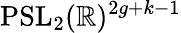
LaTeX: \mathrm{PSL}_{2}(\mathbb{R})^{2g+k-1}